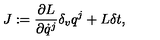
{ J } : = \frac { \partial { L } } { \partial \dot { q } ^ { j } } \delta _ { v } q ^ { j } + { L } \delta t ,